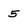
Character: 5